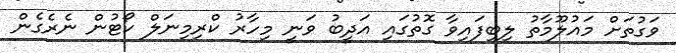
ވަގުތަށް މައުލޫމާތު ލިބިފައިވާ ގޮތުގައި އަދީބު ވަނީ މިހާރު ކްރިމިނަލް ކޯޓުން ނެރެގެން